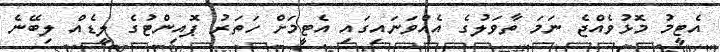
އެޓީމު މޮޅުވެއްޖެ ނަމަ ތާވަލުގެ އެއްވަނައިގައި އެޓީމަށް ހަތަރު ޕޮއިންޓުގެ ލީޑެއް ލިބޭނެ